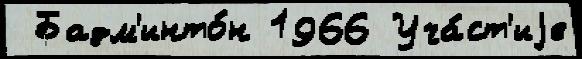
 Бадм'инто́н 1966 Уча́ст'иjе